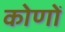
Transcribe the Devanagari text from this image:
कोणोँ